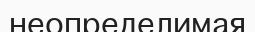
неопределимая